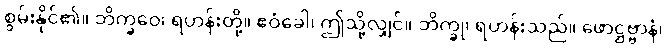
စွမ်းနိုင်၏။ ဘိက္ခဝေ၊ ရဟန်းတို့။ ဧဝံခေါ၊ ဤသို့လျှင်။ ဘိက္ခု၊ ရဟန်းသည်။ ဖောဋ္ဌဗ္ဗာနံ၊